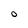
Character: O